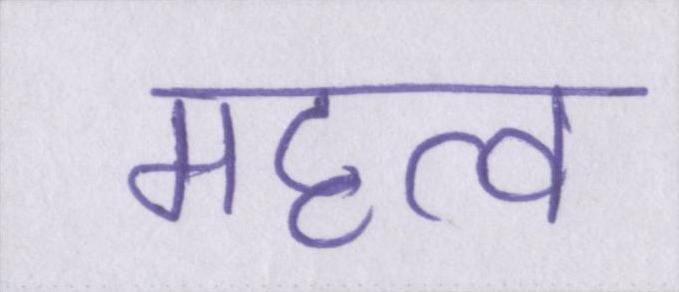
महत्व